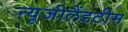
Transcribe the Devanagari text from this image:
न्यूजीलैंडटीम